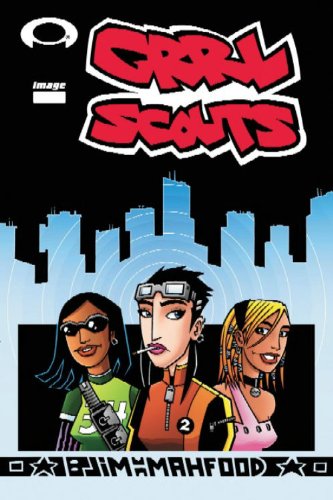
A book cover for Grrl Scouts Volume 1; Jim Mahfood; Comics & Graphic Novels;